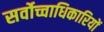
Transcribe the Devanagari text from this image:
सर्वोच्चाधिकारियों